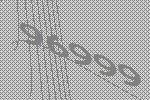
96999